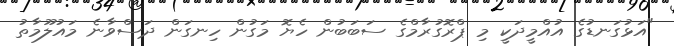
"އަޅުގަނޑުގެ އުއްމީދަކީ މި ޕްރޮގުރާމްގެ ސަބަބުން ހެޔޮ މަގުން ހިނގަން ދަސްވާނެ މައުލޫމާތު